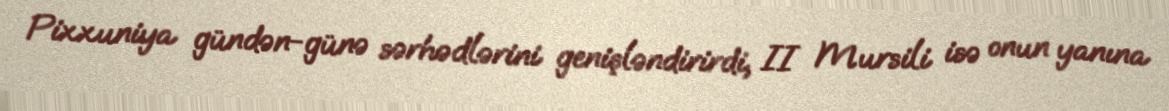
Pixxuniya gündən-günə sərhədlərini genişləndirirdi, II Mursili isə onun yanına